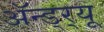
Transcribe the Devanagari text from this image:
अॅन्ड्‌र्‍यू